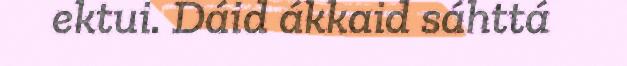
ektui. Dáid ákkaid sáhttá